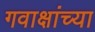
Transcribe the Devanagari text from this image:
गवाक्षांच्या